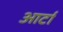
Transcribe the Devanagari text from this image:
आर्टा